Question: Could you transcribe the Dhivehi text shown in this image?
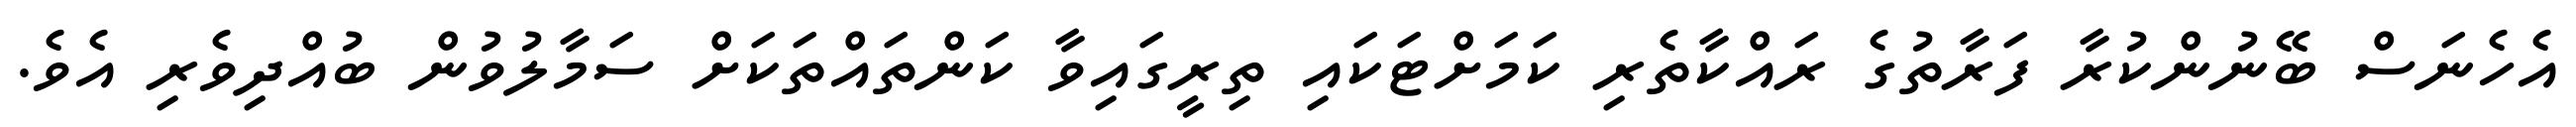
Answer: އެހެނަސް ބޭނުންކުރާ ފަރާތުގެ ރައްކާތެރި ކަމަށްޓަކައި ތިރީގައިވާ ކަންތައްތަކަށް ސަމާލުވުން ބުއްދިވެރި އެވެ.